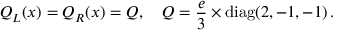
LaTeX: Q _ { L } ( x ) = Q _ { R } ( x ) = Q , \quad Q = \frac { e } { 3 } \times \mathrm { d i a g } ( 2 , - 1 , - 1 ) \, .